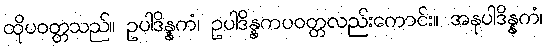
ထိုပဝတ္တသည်။ ဥပါဒိန္နကံ၊ ဥပါဒိန္နကပဝတ္တလည်းကောင်း။ အနုပါဒိန္နကံ၊